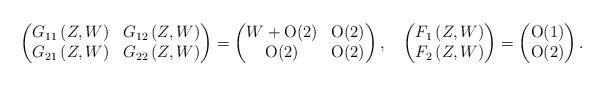
LaTeX: \begin{align*}\begin{pmatrix}G_{11}\left(Z,W\right) &G_{12}\left(Z,W\right) \\ G_{21}\left(Z,W\right)& G_{22}\left(Z,W\right)\end{pmatrix}=\begin{pmatrix} W+\mbox{O}(2) &\mbox{O}(2) \\ \mbox{O}(2) & \mbox{O}(2)\end{pmatrix},\quad\begin{pmatrix} F_{1}\left(Z,W\right) \\ F_{2}\left(Z,W\right) \end{pmatrix}=\begin{pmatrix} \mbox{O}(1) \\ \mbox{O}(2) \end{pmatrix}. \end{align*}